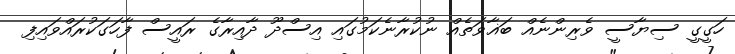
ހަގީގީ ސިޔާސީ ވެރިންނެއް ބަޣާވަތެއް ނުކުރާނެކަމުގައި އިސްދޫ ދާއިރާގެ ރައީސް ފާހަގަކުރައްވައިފި